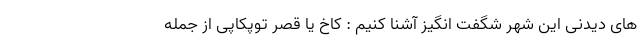
های دیدنی این شهر شگفت انگیز آشنا کنیم : کاخ یا قصر توپکاپی از جمله